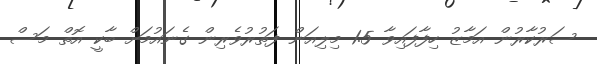
ސަރުކާރުން އަމާޒު ހިފާފައިވާ 1.5 މިލިއަން ފަތުރުވެރިން ގެނައުމަށް ބާކީ އޮތް މަސް